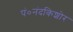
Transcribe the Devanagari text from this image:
पं०नंदकिशोर